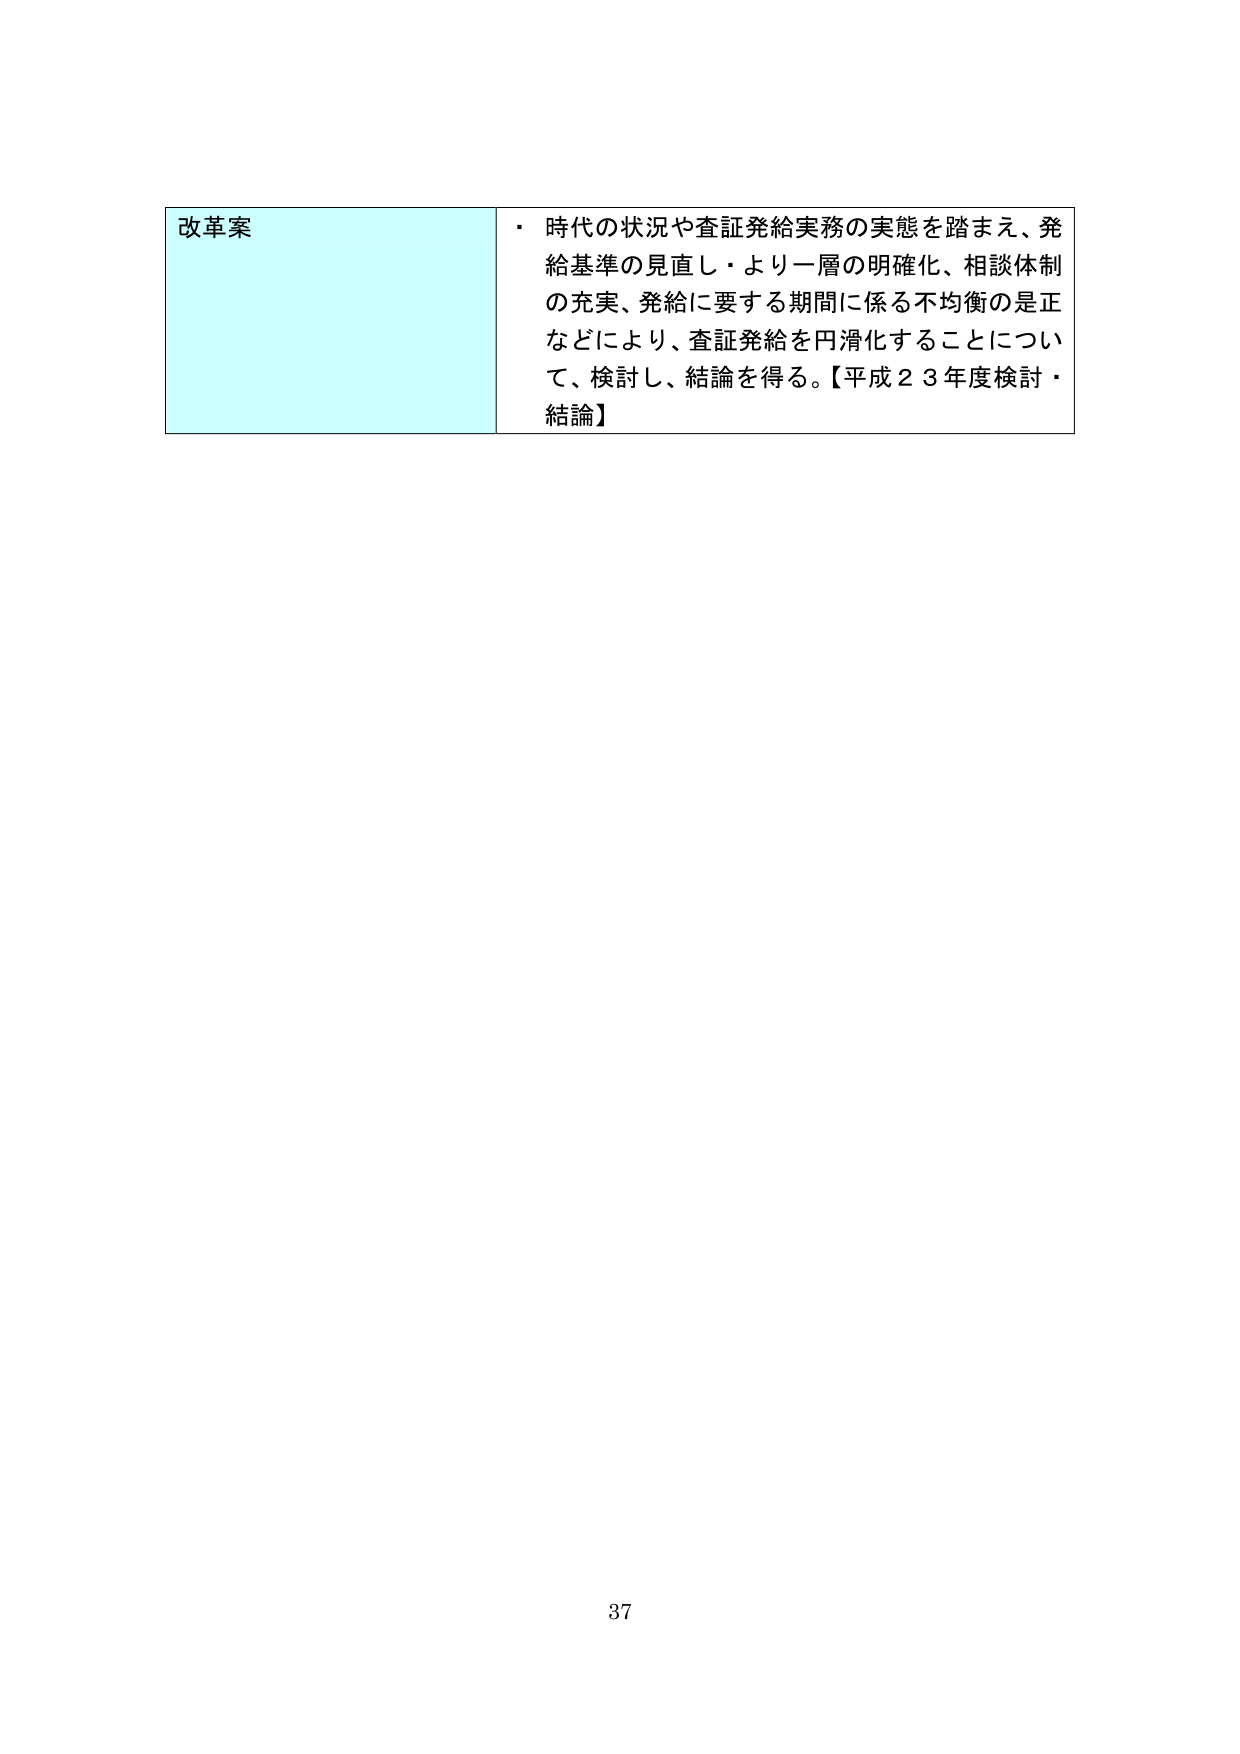
改革案
・ 時代の状況や査証発給実務の実態を踏まえ、発給基準の見直し・より一層の明確化、相談体制の充実、発給に要する期間に係る不均衡の是正などにより、査証発給を円滑化することについて、検討し、結論を得る。【平成２３年度検討・結論】
37